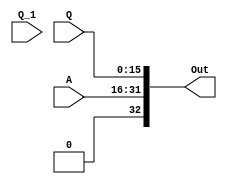

module shright(A,Q,Q_1,Out);
  input Q_1;
  input[15:0] A,Q;
  output[32:0] Out;
  
  wire[32:0] shr;
  assign shr={A,Q,Q_1};
  assign Out=shr>>>1;
endmodule